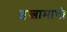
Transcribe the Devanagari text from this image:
इस्लामाची